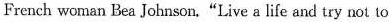
French woman Bea Johnson."Live g life and try not to